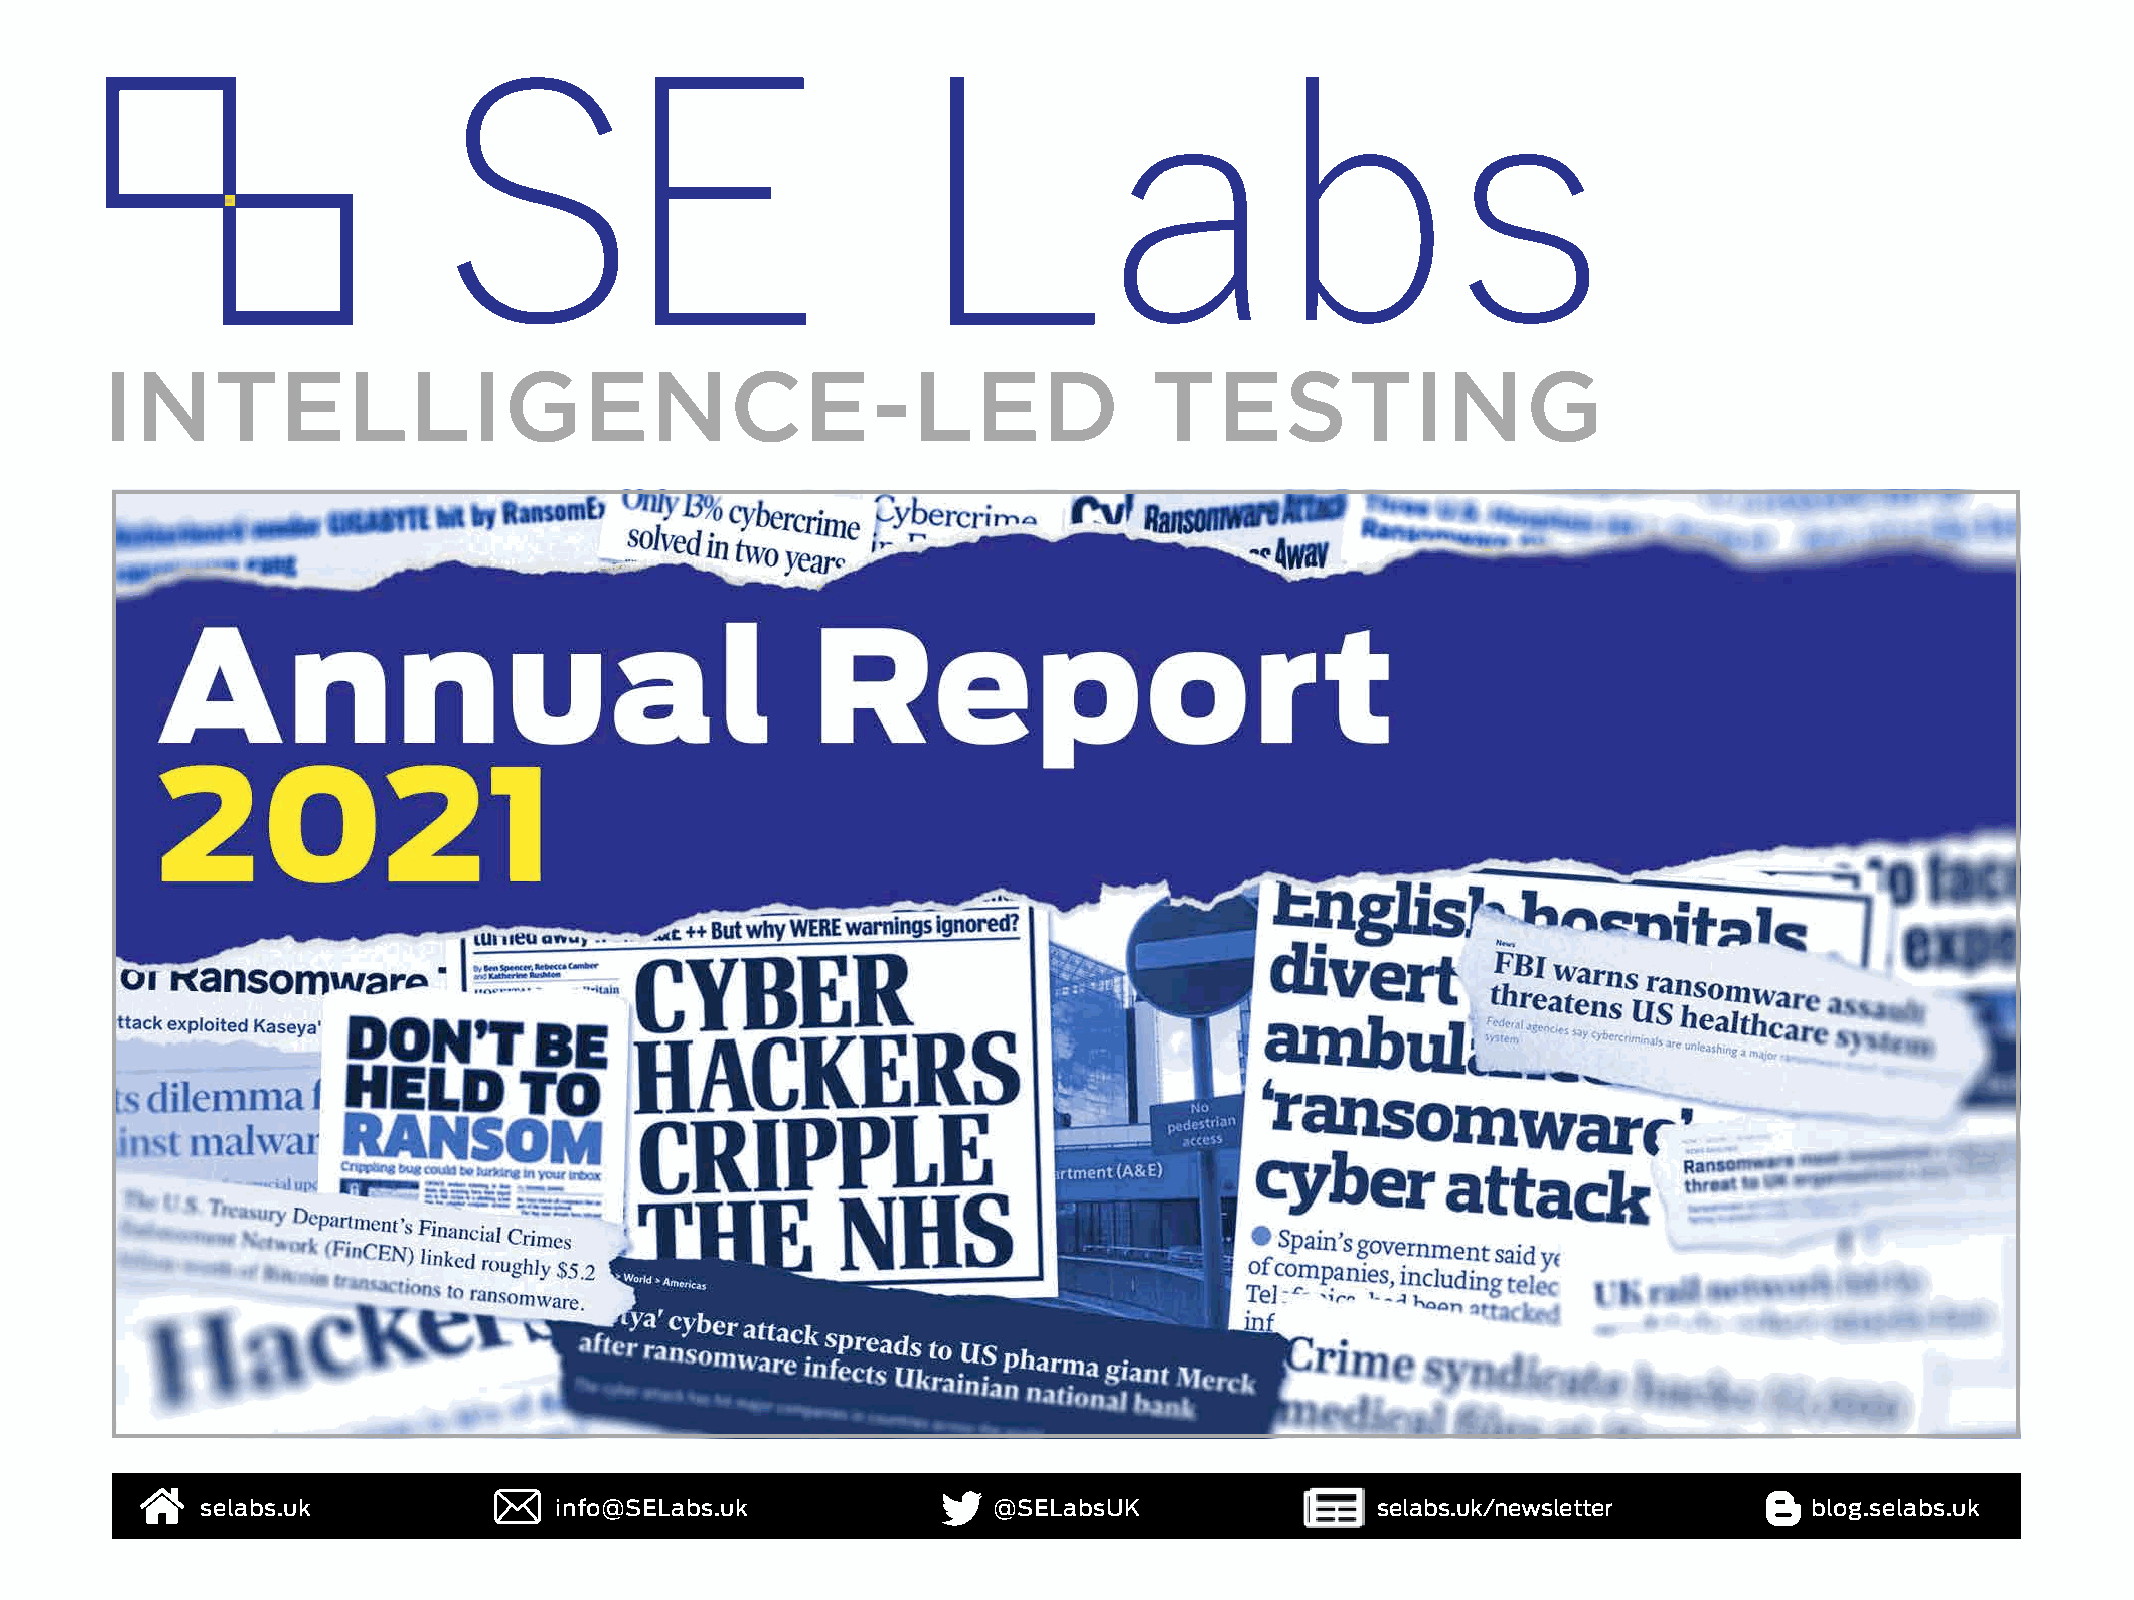
selabs.uk               info@SELabs.uk               @SELabsUK                selabs.uk/newsletter         blog.selabs.uk